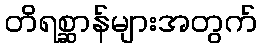
တိရစ္ဆာန်များအတွက်